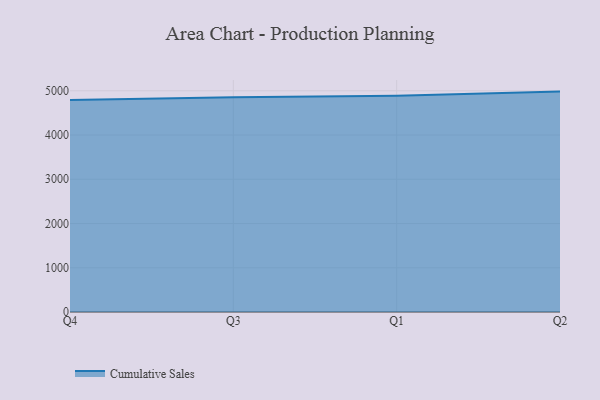
{"axis": {"x": "Quarter", "y": "Temperature (°C)"}, "legend": ["Cumulative Sales"], "data": [{"x": "Q4", "y": 4790.0, "type": "Cumulative Sales"}, {"x": "Q3", "y": 4852.7, "type": "Cumulative Sales"}, {"x": "Q1", "y": 4890.9, "type": "Cumulative Sales"}, {"x": "Q2", "y": 4982.2, "type": "Cumulative Sales"}]}